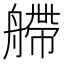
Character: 艜